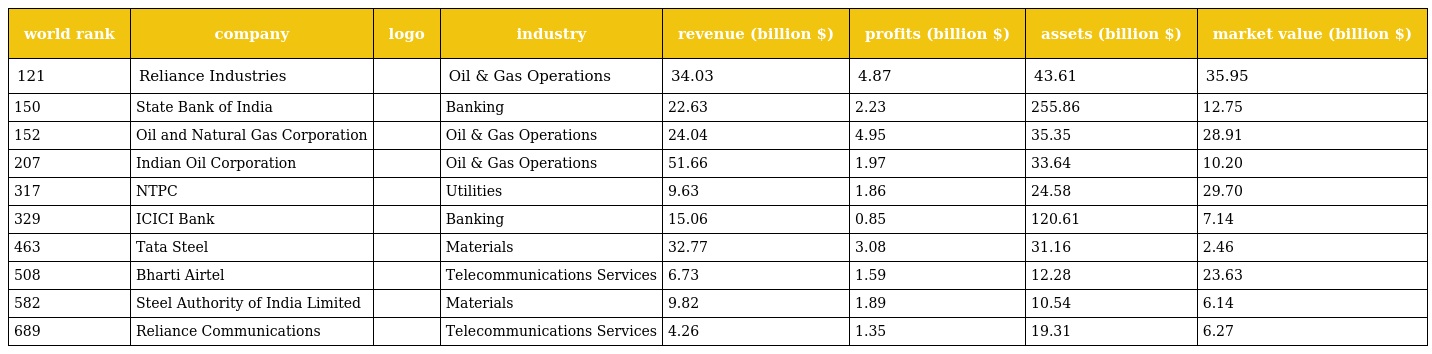
| world rank | company | logo | industry | revenue (billion $) | profits (billion $) | assets (billion $) | market value (billion $) |
 | --- | --- | --- | --- | --- | --- | --- | --- |
 | 121 | Reliance Industries |  | Oil & Gas Operations | 34.03 | 4.87 | 43.61 | 35.95 |
 | 150 | State Bank of India |  | Banking | 22.63 | 2.23 | 255.86 | 12.75 |
 | 152 | Oil and Natural Gas Corporation |  | Oil & Gas Operations | 24.04 | 4.95 | 35.35 | 28.91 |
 | 207 | Indian Oil Corporation |  | Oil & Gas Operations | 51.66 | 1.97 | 33.64 | 10.20 |
 | 317 | NTPC |  | Utilities | 9.63 | 1.86 | 24.58 | 29.70 |
 | 329 | ICICI Bank |  | Banking | 15.06 | 0.85 | 120.61 | 7.14 |
 | 463 | Tata Steel |  | Materials | 32.77 | 3.08 | 31.16 | 2.46 |
 | 508 | Bharti Airtel |  | Telecommunications Services | 6.73 | 1.59 | 12.28 | 23.63 |
 | 582 | Steel Authority of India Limited |  | Materials | 9.82 | 1.89 | 10.54 | 6.14 |
 | 689 | Reliance Communications |  | Telecommunications Services | 4.26 | 1.35 | 19.31 | 6.27 |